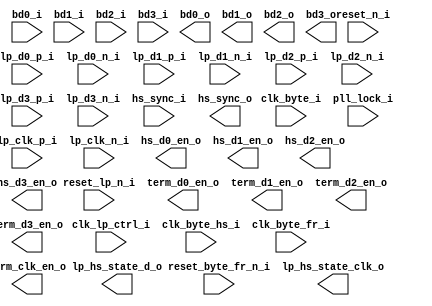
//   ==================================================================
//   >>>>>>>>>>>>>>>>>>>>>>> COPYRIGHT NOTICE <<<<<<<<<<<<<<<<<<<<<<<<<
// --------------------------------------------------------------------
// Copyright (c) 2013 by Lattice Semiconductor Corporation
// --------------------------------------------------------------------
//
// Permission:
//
//   Lattice Semiconductor grants permission to use this code for use
//   in synthesis for any Lattice programmable logic product.  Other
//   use of this code, including the selling or duplication of any
//   portion is strictly prohibited.
//
// Disclaimer:
//
//   This VHDL or Verilog source code is intended as a design reference
//   which illustrates how these types of functions can be implemented.
//   It is the user's responsibility to verify their design for
//   consistency and functionality through the use of formal
//   verification methods.  Lattice Semiconductor provides no warranty
//   regarding the use or functionality of this code.
//
// --------------------------------------------------------------------
//
//                     Lattice Semiconductor Corporation
//                     5555 NE Moore Court
//                     Hillsboro, OR 97214
//                     U.S.A
//
//                     TEL: 1-800-Lattice (USA and Canada)
//                          408-826-6000 (other locations)
//
//                     web: http://www.latticesemi.com/
//
// --------------------------------------------------------------------
// rx_global_ctrl.v -- RX Global Controller
// --------------------------------------------------------------------------------------------
// Revision History :
// --------------------------------------------------------------------------------------------
//   Ver  :| Author            :| Mod. Date :| Changes Made:
//   V1.0 :| Masashi Tayama    :| 02/03/15  :| Initial Release
//   V1.1 :| Masashi Tayama    :| 03/09/15  :| Added clk_hs_i & reset_d0_n_i
//   V1.2 :| Masashi Tayama    :| 03/23/15  :| Clock scheme change, parameter change to enable/
//                                             disable RX_FIFO
//   V1.3 :| Masashi Tayama    :| 04/20/15  :| Changed the reset scheme to lp_hs_d0_ctrl which 
//                                             has min. 1 clock from clock active to LP Data 
//                                             transition happens
//   V1.4 :| Masashi Tayama    :| 04/20/15  :| Async reset to lp_hs_d0_ctrl regardless of DPHY 
//   V1.5 :| Masashi Tayama    :| 04/24/15  :| Added rx_fifo_reset_i 
//   V1.6 :| Masashi Tayama    :| 06/29/15  :| Feed clk_byte to lp_hs_ctrl_d instead of clk_byte_fr 
//   V1.7 :| Masashi Tayama    :| 06/30/15  :| Back to V1.5 & use reset_byte_fr_n_i to FFs
// --------------------------------------------------------------------------------------------

module rx_global_ctrl #(
    parameter NUM_RX_LANE = 4,
    parameter RX_GEAR = 8,
    parameter RX_FIFO = "OFF",
    parameter RX_CLK_MODE = "HS_ONLY"
)
(
    input  wire	              reset_n_i,
    input  wire	              reset_lp_n_i,
    input  wire	              reset_byte_fr_n_i,
    input  wire               clk_lp_ctrl_i,
    input  wire	              clk_byte_hs_i,      // not used
    input  wire	              clk_byte_i,
    input  wire	              clk_byte_fr_i,
    input  wire	              pll_lock_i,         // PLL Lock indicator, active high

    input wire [RX_GEAR-1:0]  bd0_i,
    input wire [RX_GEAR-1:0]  bd1_i,
    input wire [RX_GEAR-1:0]  bd2_i,
    input wire [RX_GEAR-1:0]  bd3_i,
    input wire                lp_clk_p_i,         // LP P on CLK lane
    input wire                lp_clk_n_i,         // LP N on CLK lane
    input wire                lp_d0_p_i,          // LP P on D0 lane
    input wire                lp_d0_n_i,          // LP N on D0 lane
    input wire                lp_d1_p_i,          // LP P on D1 lane
    input wire                lp_d1_n_i,          // LP N on D1 lane
    input wire                lp_d2_p_i,          // LP P on D2 lane
    input wire                lp_d2_n_i,          // LP N on D2 lane
    input wire                lp_d3_p_i,          // LP P on D3 lane
    input wire                lp_d3_n_i,          // LP N on D3 lane
    input wire                hs_sync_i,          // HS sync from Lane Aligner, active high
    output wire [RX_GEAR-1:0] bd0_o,
    output wire [RX_GEAR-1:0] bd1_o,
    output wire [RX_GEAR-1:0] bd2_o,
    output wire [RX_GEAR-1:0] bd3_o,
    output wire               term_clk_en_o,      // Termination Enable on CLK lane for HS mode, active high
    output wire               term_d0_en_o,       // Termination Enable on Data lane 0 for HS mode, active high
    output wire               hs_d0_en_o,   	  // HS mode Enable on Data lane 0, active high
    output wire               term_d1_en_o,       // Termination Enable on Data lane 1 for HS mode, active high
    output wire               hs_d1_en_o,         // HS mode Enable on Data lane 1, active high
    output wire               term_d2_en_o,       // Termination Enable on Data lane 2 for HS mode, active high
    output wire               hs_d2_en_o,         // HS mode Enable on Data lane 2, active high
    output wire               term_d3_en_o,       // Termination Enable on Data lane 3 for HS mode, active high
    output wire               hs_d3_en_o,         // HS mode Enable on Data lane 3, active high
    output wire               hs_sync_o,          // HS sync, active high
    output wire [1:0]         lp_hs_state_clk_o,  // LP HS state machine (CLK) for debug
    output wire [1:0]         lp_hs_state_d_o     // LP HS state machine (D0) for debug
);



endmodule